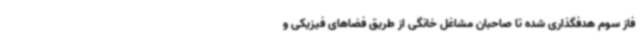
فاز سوم هدفگذاری شده تا صاحبان مشاغل خانگی از طریق فضاهای فیزیکی و